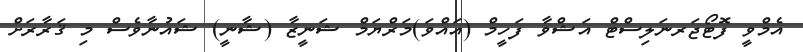
އެމްވީ ފޮޓޯޖަރނަލިސްޓް އަޝްވާ ފަހީމް (އައްވަ)މަރްޔަމް ޝަނީޒާ (ޝާނީ) ޝައުނާވެސް މި ޤަރާރަށް